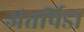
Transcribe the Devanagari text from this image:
अंतर्पिडा